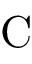
\mathrm { C }